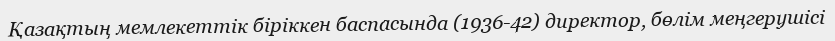
Қазақтың мемлекеттік біріккен баспасында (1936-42) директор, бөлім меңгерушісі